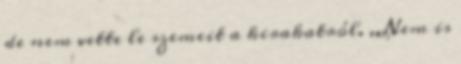
de nem vette le szemeit a kirakatról. ,,Nem is